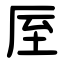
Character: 厔